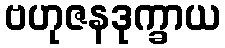
ဗဟုဇနဒုက္ခာယ